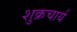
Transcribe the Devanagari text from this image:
शुक्रचार्य